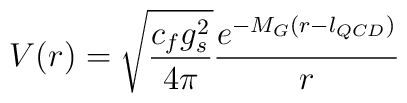
V (r) = \sqrt{\frac{c_f g_s^2}{4 \pi}} \frac{e^{-M_G (r - l_{QCD})}}{r}